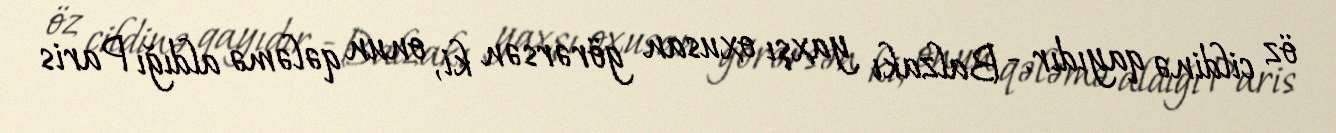
öz cildinə qayıdır.- Balzakı yaxşı oxusan görərsən ki, onun qələmə aldığı Paris